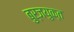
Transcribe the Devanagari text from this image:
बुर्जयुक्त